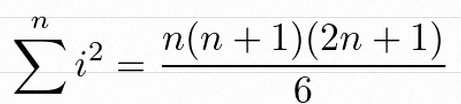
\sum_{i=1}^{n}i^2=\frac{n(n+1)(2n+1)}6